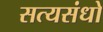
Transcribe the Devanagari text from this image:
सत्यसंधो